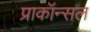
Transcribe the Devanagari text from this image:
प्राकॉन्सल